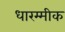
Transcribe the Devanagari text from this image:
धारम्मीक